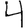
Digit: 4